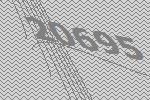
20695